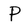
Character: P